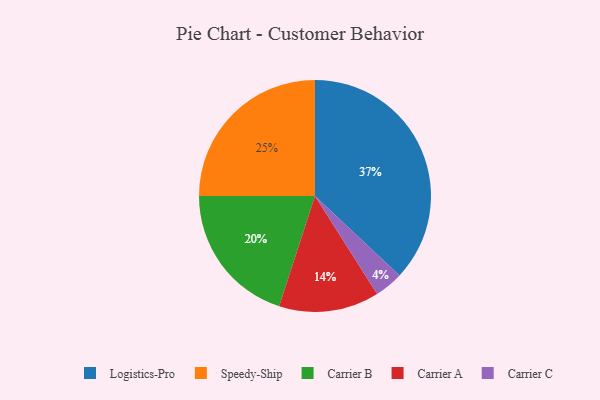
{"axis": {"x": "Category", "y": "Percentage"}, "legend": ["Carrier A", "Carrier B", "Carrier C", "Logistics-Pro", "Speedy-Ship"], "data": [{"x": "Speedy-Ship", "y": 25, "type": "Speedy-Ship"}, {"x": "Logistics-Pro", "y": 37, "type": "Logistics-Pro"}, {"x": "Carrier B", "y": 20, "type": "Carrier B"}, {"x": "Carrier A", "y": 14, "type": "Carrier A"}, {"x": "Carrier C", "y": 4, "type": "Carrier C"}]}